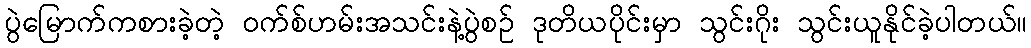
ပွဲမြောက်ကစားခဲ့တဲ့ ဝက်စ်ဟမ်းအသင်းနဲ့ပွဲစဉ် ဒုတိယပိုင်းမှာ သွင်းဂိုး သွင်းယူနိုင်ခဲ့ပါတယ်။